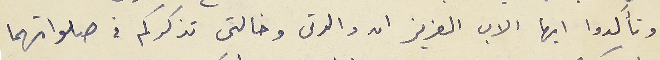
وتأكدوا ايها الاب العزيز ان والدتى وخالتى تذكركم في صلواتهما